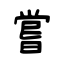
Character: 嘗